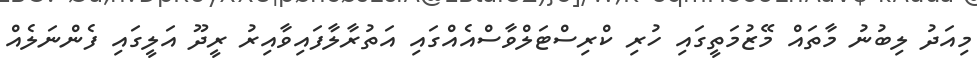
މިއަދު ލިބުނު މާތައް މޭޒުމަތީގައި ހުރި ކްރިސްޓަލްވާސްއެއްގައި އަތުރާލާފައިވާއިރު ރީދޫ އަލީގައި ފެންނަލެއް